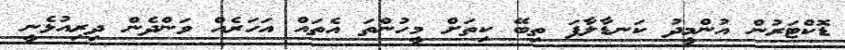
ޑޮކްޓަރުން އުންމީދު ކަނޑާލާފަ ތިބޭ ކިތަށް މީހުންތަ އެތައް އަހަރެއް ވަންދެން ދިރިއުޅެނީ